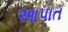
આપાત